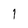
Character: 1